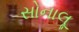
સોનાલૂ